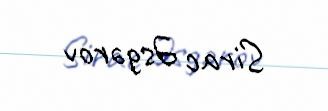
Sirac Əsgərov